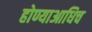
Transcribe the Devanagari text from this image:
होण्याआधिच